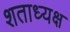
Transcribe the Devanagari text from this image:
शताध्यक्ष